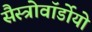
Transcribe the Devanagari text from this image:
सैस्त्रोवॉर्डोयो